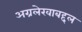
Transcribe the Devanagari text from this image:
अग्रलेखाबद्दल